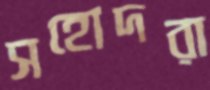
সহোদরা